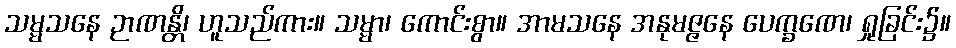
သမ္မသနေ ဉာဏန္တိ၊ ဟူသည်ကား။ သမ္မာ၊ ကောင်းစွာ။ အာမသနေ အနုမဇ္ဇနေ ပေက္ခဏေ၊ ရှုခြင်း၌။